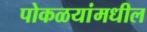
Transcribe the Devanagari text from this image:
पोकळयांमधील